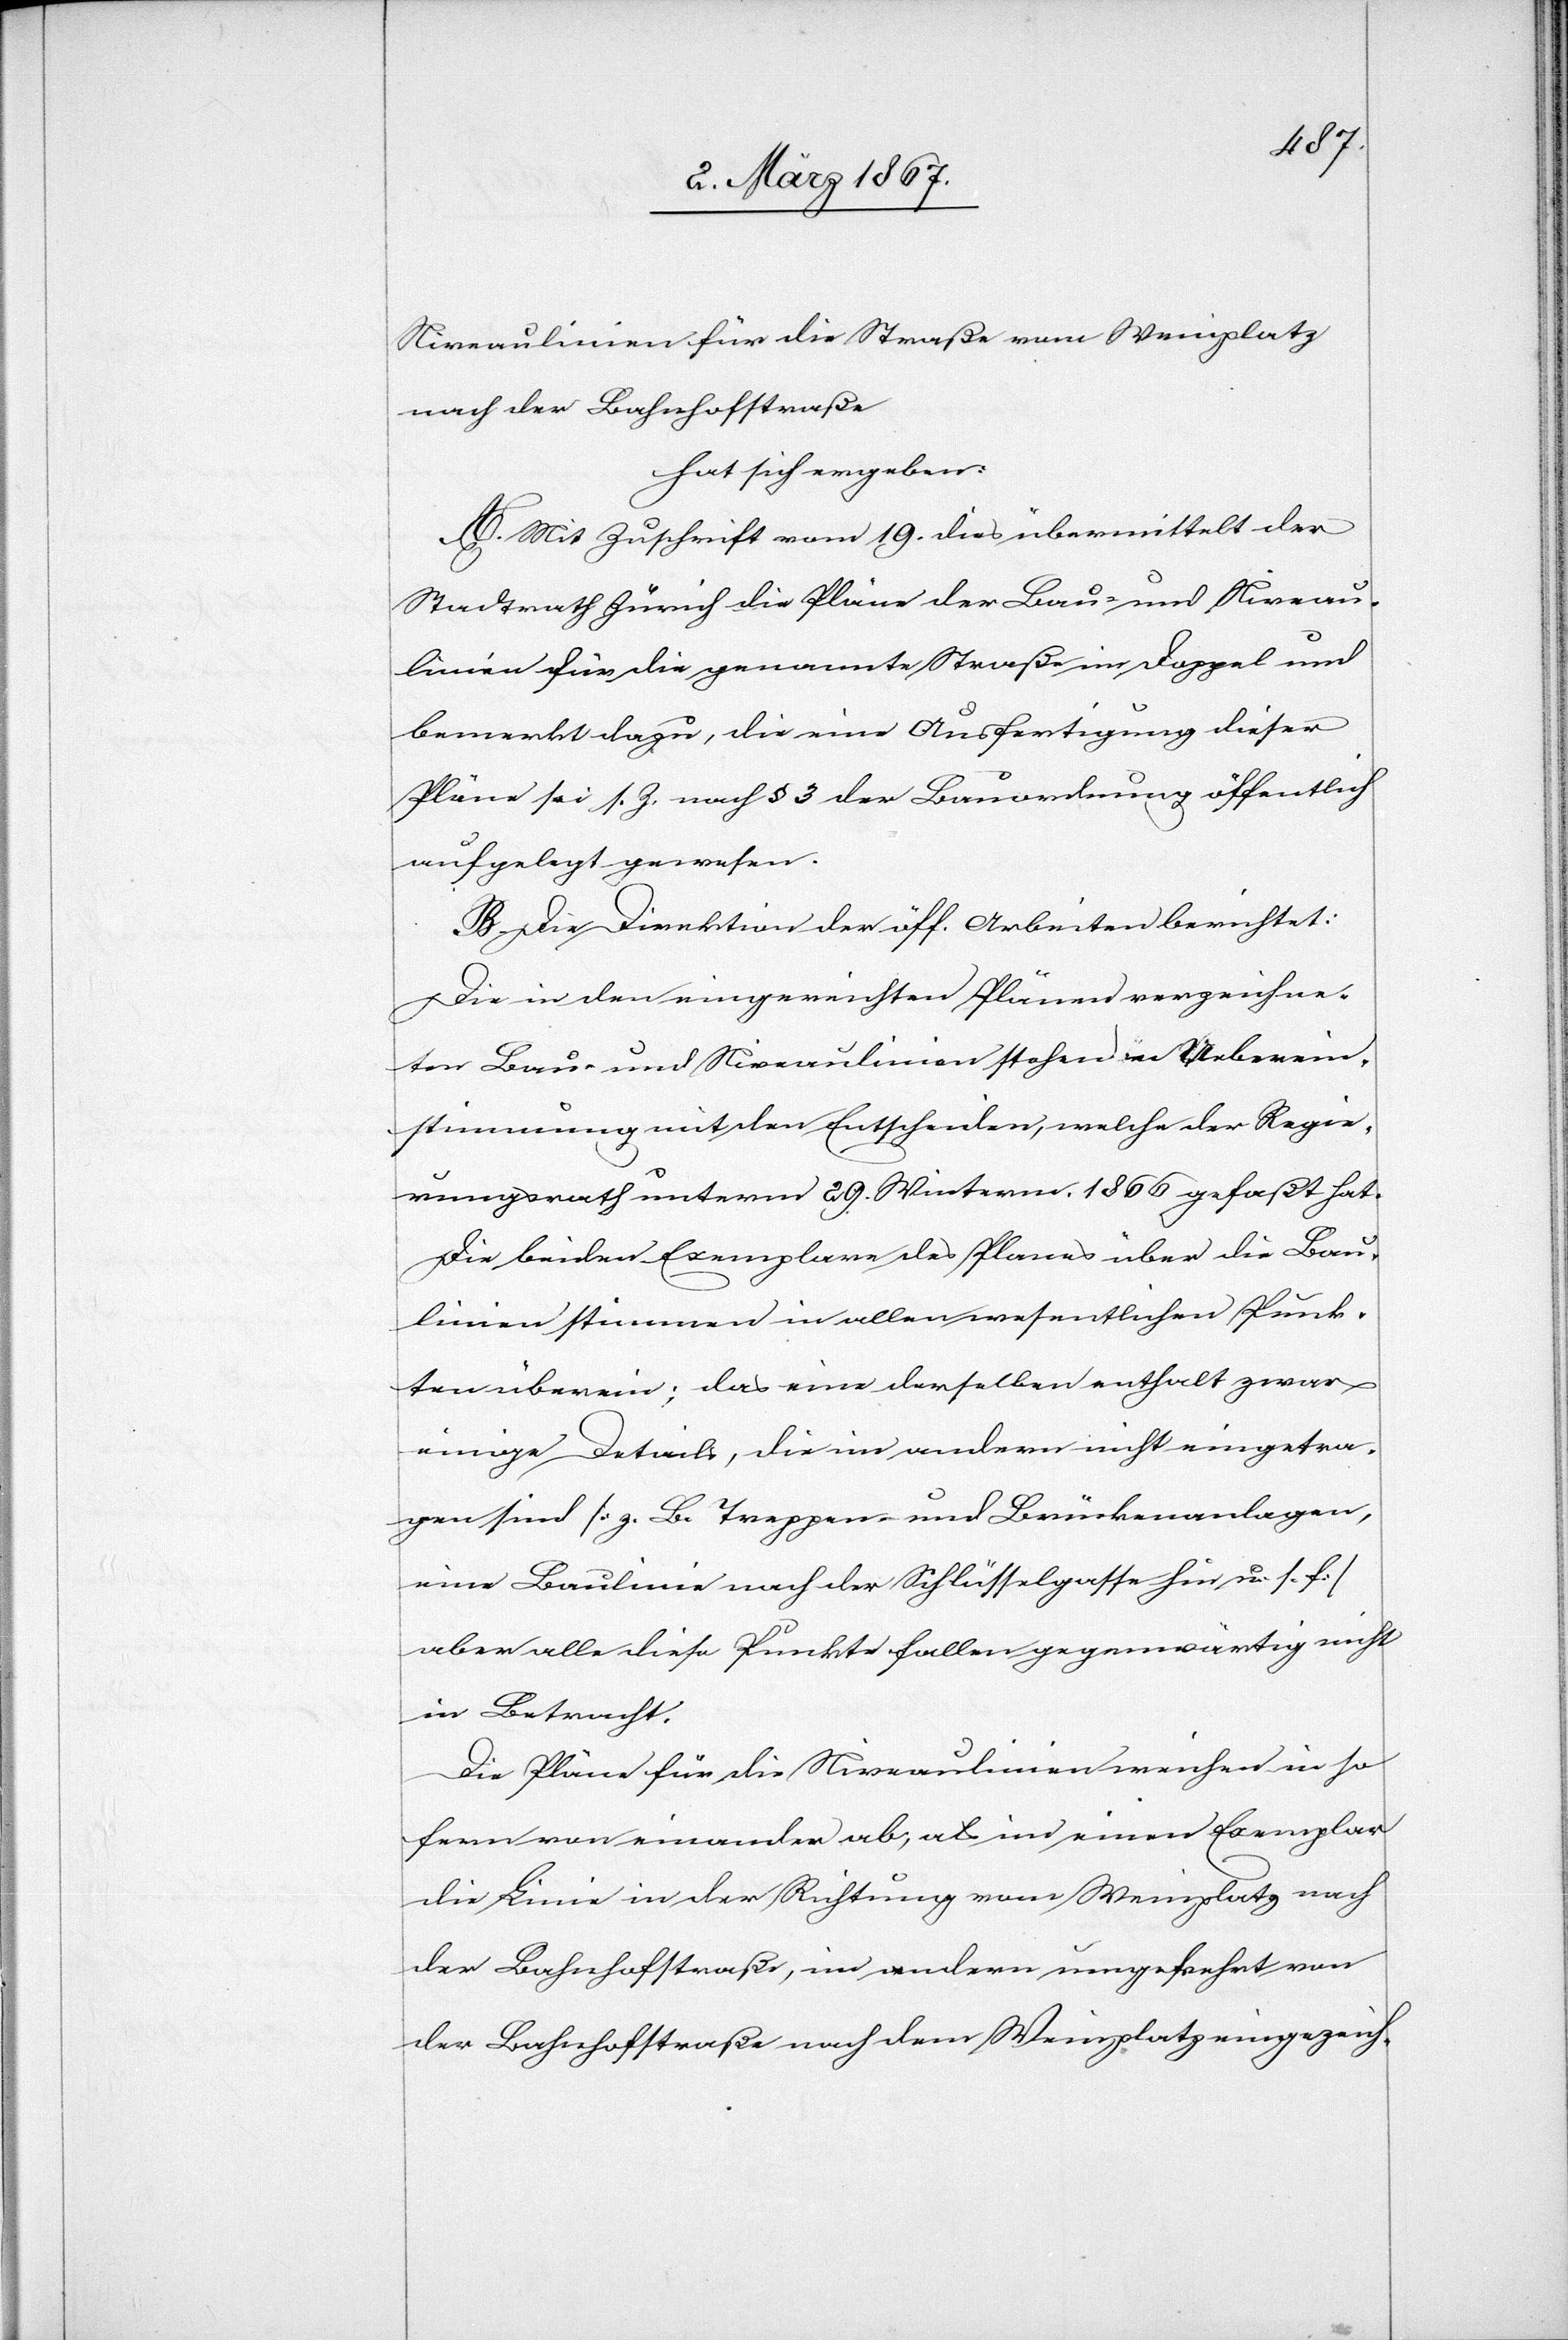
Niveaulinien für die Straße vom Weinplatz
nach der Bahnhofstraße
hat sich ergeben:
A. Mit Zuschrift vom 19. dies übermittelt der
Stadtrath Zürich die Pläne der Bau- und Niveau¬
linien für die genannte Straße im Doppel und
bemerkt dazu, die eine Ausfertigung dieser
Pläne sei s. Z. nach § 3 der Bauordnung öffentlich
aufgelegt gewesen.
B. Die Direktion der öff. Arbeiten berichtet:
Die in den eingereichten Plänen verzeichne¬
ten Bau- und Niveaulinien stehen in Ueberein¬
stimmung mit den Entscheiden, welche der Regie¬
rungsrath unterm 29. Winterm. 1866 gefaßt hat.
Die beiden Exemplare des Planes über die Bau¬
linien stimmen in allen wesentlichen Punk¬
ten überein; das eine derselben enthalt [sic!]
einige Details, die im andern nicht eingetra¬
gen sind [z. B. Treppen- und Brückenanlagen,
eine Baulinie nach der Schlüsselgasse hin u. s. f.]
aber alle diese Punkte fallen gegenwärtig nicht
in Betracht.
Die Pläne für die Niveaulinien weichen in so¬
fern von einander ab, als im einen Exemplar
die Linie in der Richtung vom Weinplatz nach
der Bahnhofstraße, im andern umgekehrt von
der Bahnhofstraße nach dem Weinplatz eingezeich-